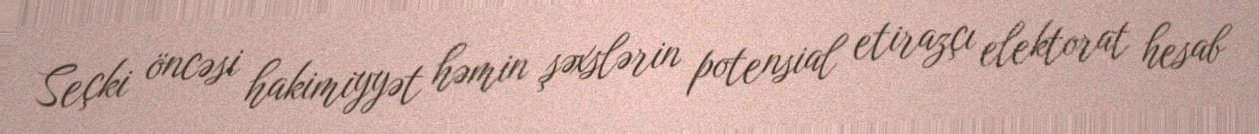
Seçki öncəsi hakimiyyət həmin şəxslərin potensial etirazçı elektorat hesab